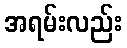
အရမ်းလည်း